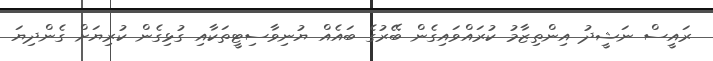
ރައީސް ނަޝީދު އިންތިޒާމު ކުރައްވައިގެން ބޭރުގެ ބައެއް ޔުނިވާސިޓީތަކާއި ގުޅިގެން ކުރިޔަށް ގެންދިޔަ